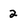
Character: 2